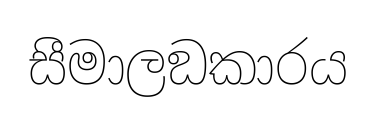
සීමාලඞකාරය